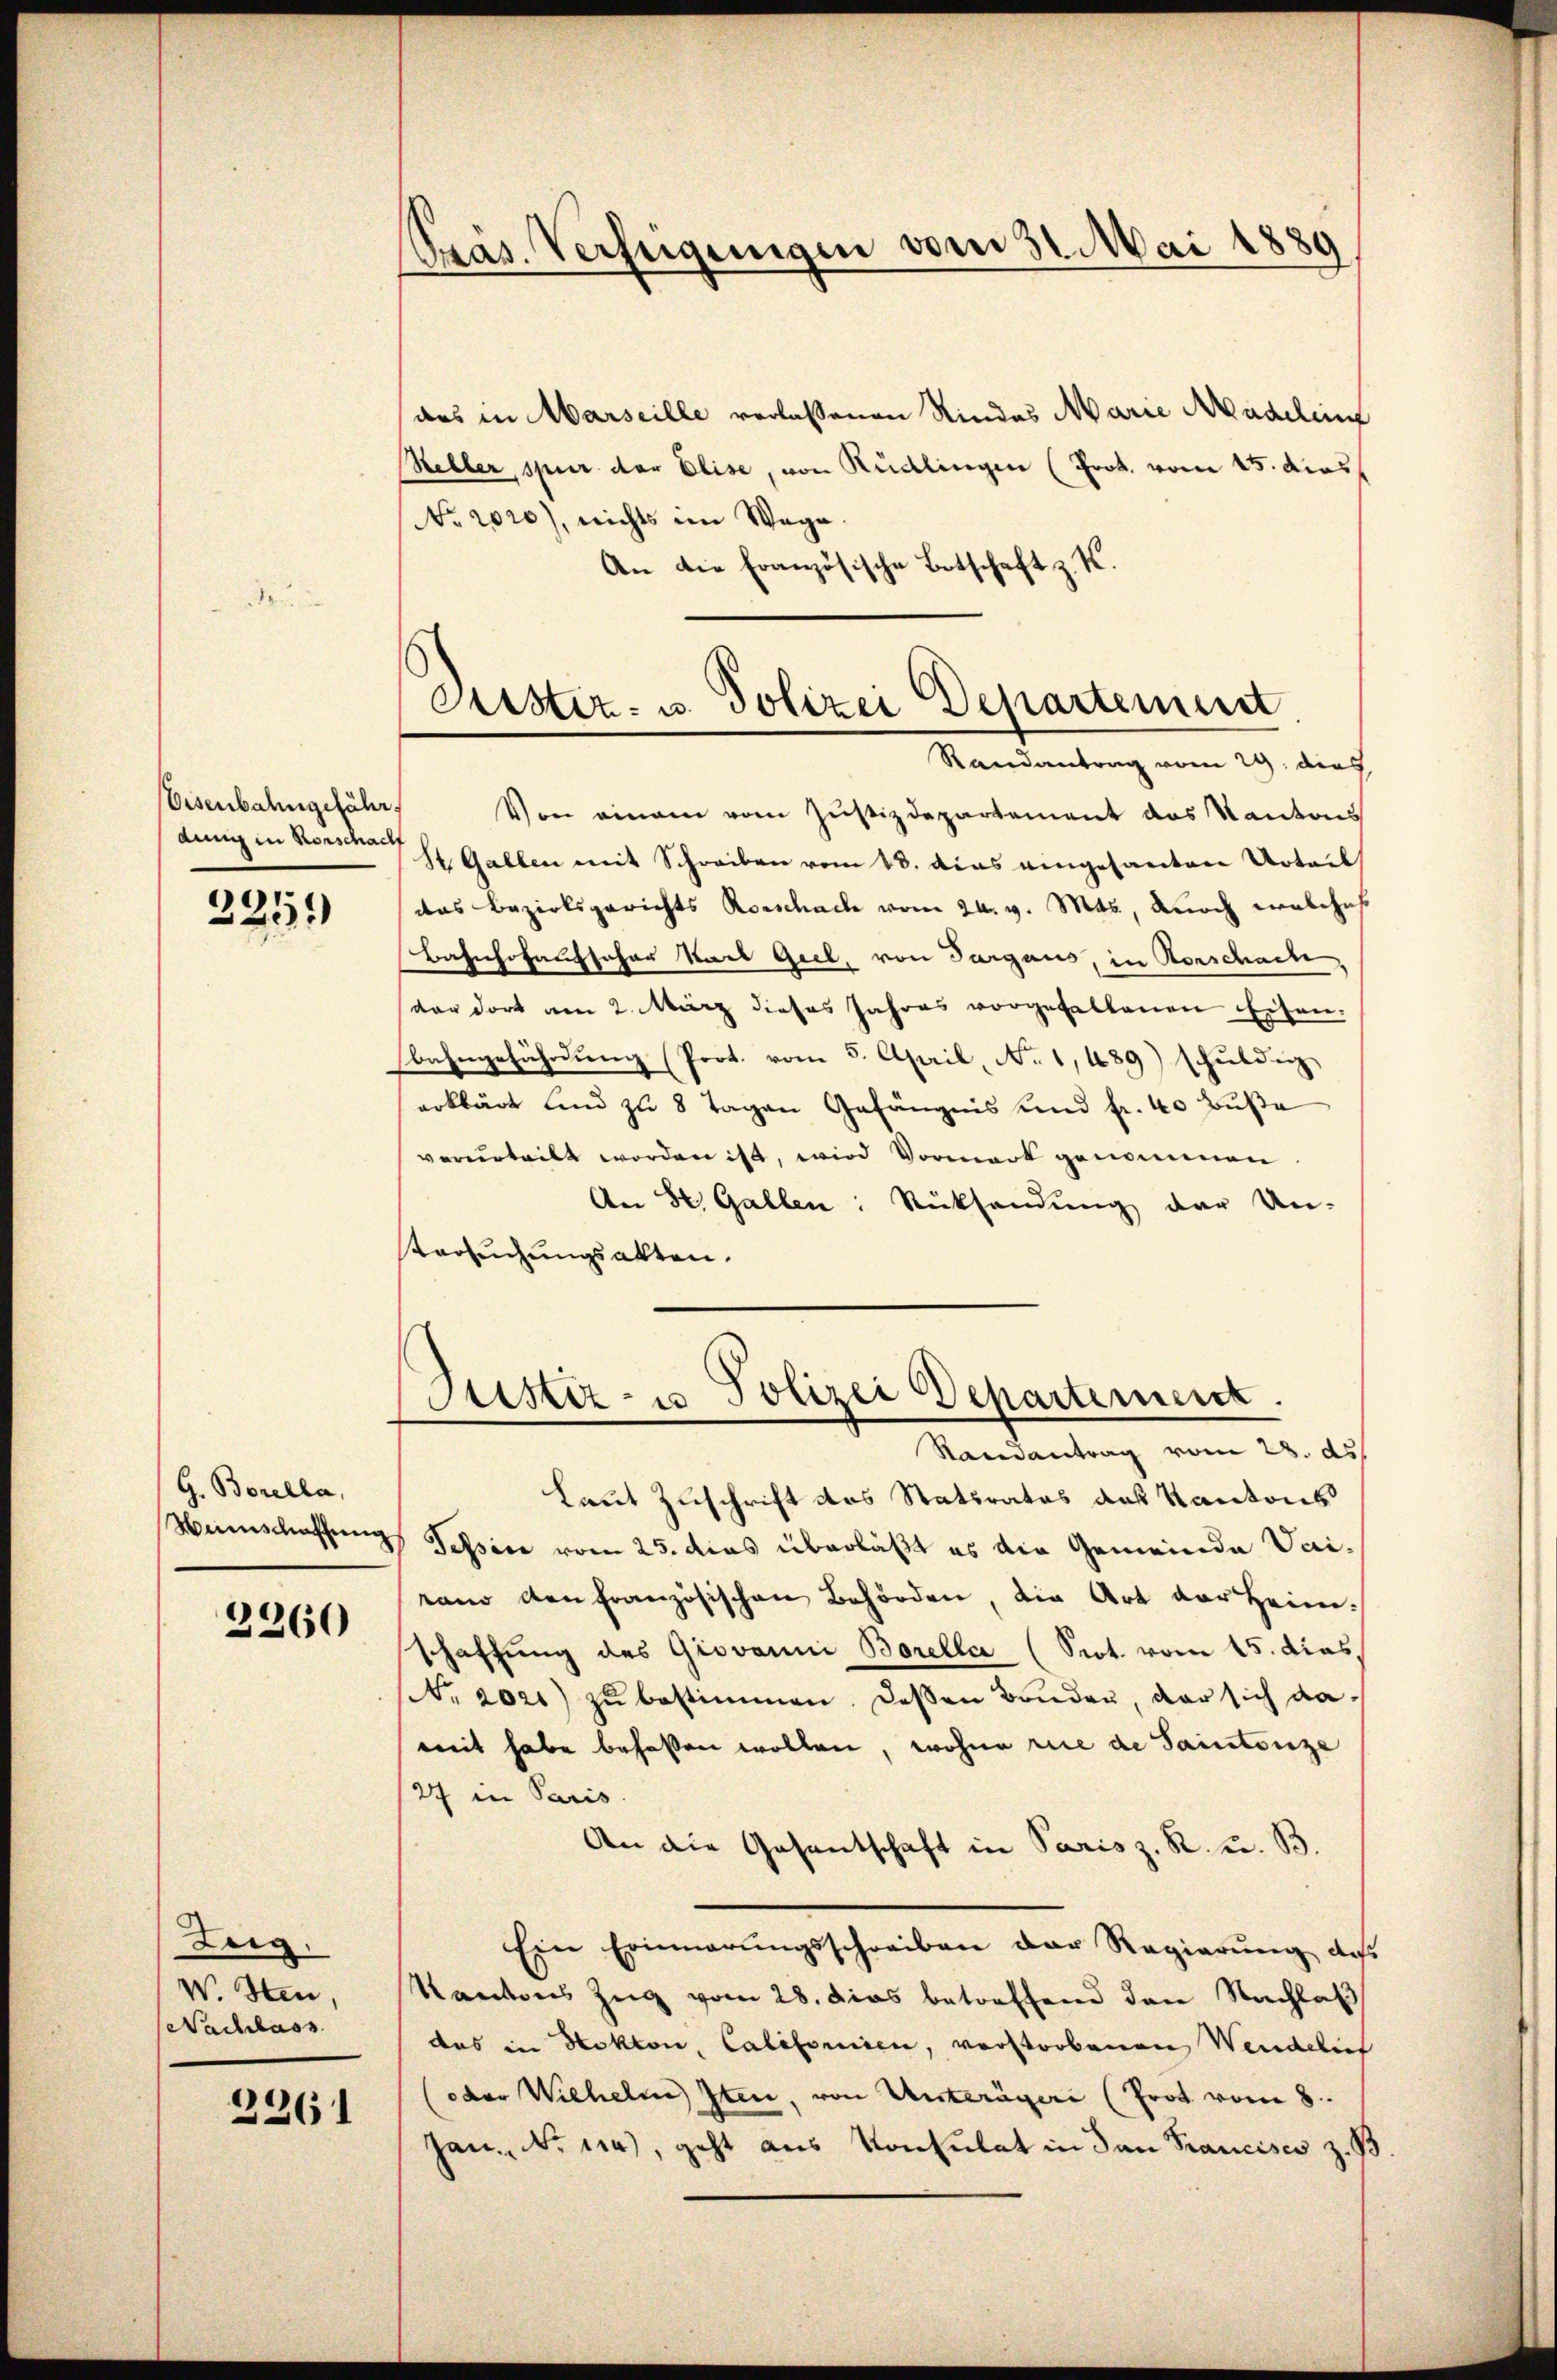
Eisenbahngeführe.
denn in Rorschach

2251

G. Borella,
Wunschaffung

2260

Zug.
W. Heu,
Nachlass

2261

Präs. Verfügungen vom 31. Mai 1889

das in Marseille verlassenen Rindes Marie Nadelinn
Keller, spur der Elise, von Rüdlingen (Prok. vom 15. dies
No 2020), nichts im Wage
An die Französische Botschaft z. K.
Von einem vom Justizdepartement das Kantons
St. Gallen mit Schreiben vom 13. das eingesantere Urteil
das Bezirksgerichts Rorschach vom 24. v. Mts., noch welches
Bahnhofausscher Stadt Geel, von Turgaus, in Vorschade,
dr dort am 2. März dieses Jahres vorgefallenen Eisen.
bahngefährdung (Prot. vom 5. April No 1,489) schuldig
erklärt und zu 8 Tagen Gefängnis und fr. 40 Buße
verurteilt worden ist, wird Vormark genommen
An St. Gallen: Rücksendung der Un-
tersuchungsakten.
Justiz- u. Polizei Departement.
Randantrag vom 28. ds.
Laut Zuschrift des Statsrates des Kantons
Tessin vom 25. dies überläßt es die Gemeinde Vairano den französischen Behörden, die Art der Heim.
schaffung des Giovanni Boreller (Prot. vom 15. dies,
Nr. 2021) zŭ bestimmen. Dessen Banden, der sich daweit habe behalten wollen, wohne rice de Saintenze
27 in Paris.
An die Gesantschaft in Paris z. R. u. B.
Ein Erinnerŭngsschreiben der Regierŭng des
Kantons Zug vom 28. Das betreffend den Nachlaß
das in Hekton, Califoniren, verstorbenen Weidelief
oder Wilhelm Iten, von Unterägeri (Prot vom 8.
Jan. No 124), geht aus Konsulat in den Francises z. B

Erster- u. Polizei Departement.
Randantrag vom 29. dies